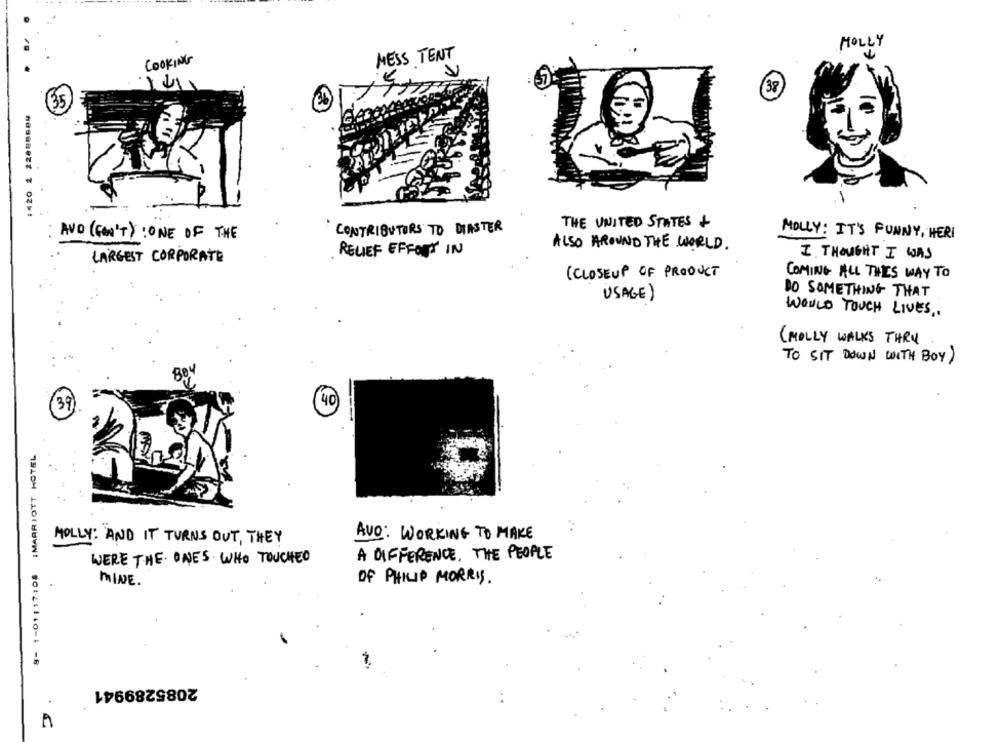
MOLLY
MESS TENT
COOKING
38
35
1420 1 22088689
-
CONTRIBUTORS TO DIASTER
THE UNITED STATES +
AVO (FONT) : ONE OF THE
MOLLY: IT'S FUNNY, HERI
RELIEF EFFORT IN
ALSO AROUND THE WORLD.
LARGEST CORPORATE
I THOUGHT I WAS
( CLOSEUP OF PRODUCT
COMING ALL THIS WAY TO
USAGE)
DO SOMETHING THAT
WOULD TOUCH LIVES ..
( MOLLY WALKS THRU
TO SIT DOWN WITH BOY )
39
40
9- 1-01:17:08 |MARRIOTT HOTEL
MOLLY: "AND IT TURNS OUT, THEY
AVO: WORKING TO MAKE
A DIFFERENCE. THE PEOPLE
WERE THE ONES WHO TOUCHED
MINE .
OF PHILIP MORRIS.
2085289941